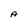
Character: A